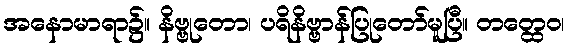
အနောမာရာ၌။ နိဗ္ဗုတော၊ ပရိနိဗ္ဗာန်ပြုတော်မူပြီ။ တတ္ထေဝ၊